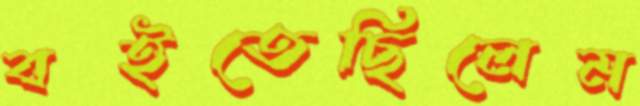
বইতেছিলেম